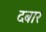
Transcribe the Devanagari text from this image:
दबार